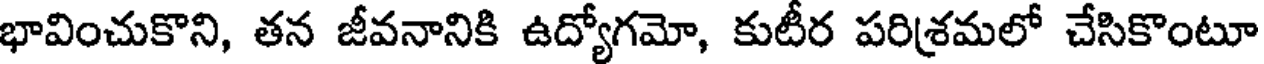
భావించుకొని, తన జీవనానికి ఉద్యోగమో, కుటీర పరిశ్రమలో చేసికొంటూ